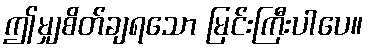
ဤမျှစိတ်ချရသော မြင်းကြီးပါပေ။